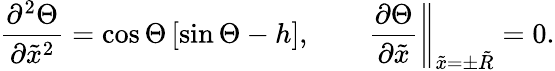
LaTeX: \frac{\partial^{2}\Theta}{\partial\tilde{x}^{2}}=\cos\Theta\left[\sin\Theta-h\right],\qquad\left.\frac{\partial\Theta}{\partial\tilde{x}}\right\Vert_{\tilde{x}=\pm\tilde{R}}=0.